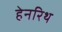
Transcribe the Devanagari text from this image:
हेनरिथ